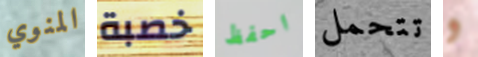
المنوي خصبة احفظ تتحمل و